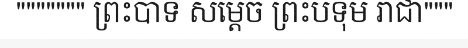
""""""" ព្រះបាទ សម្តេច ព្រះបទុម រាជា"""